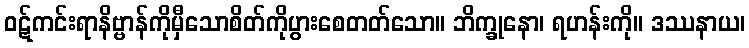
ဝဋ်ကင်းရာနိဗ္ဗာန်ကိုမှီသောစိတ်ကိုပွားစေတတ်သော။ ဘိက္ခုနော၊ ရဟန်းကို။ ဒဿနာယ၊